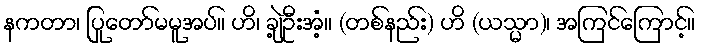
နကတာ၊ ပြုတော်မမူအပ်။ ဟိ၊ ချဲ့ဦးအံ့။ (တစ်နည်း) ဟိ (ယသ္မာ)၊ အကြင်ကြောင့်။